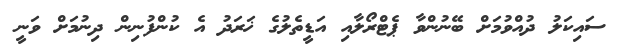
ސައިކަލު ދުއްވުމަށް ބޭނުންވާ ޕެޓްރޯލާއި އަޑީތެލުގެ ޚަރަދު އެ ކުންފުނިން ދިނުމަށް ވަނީ